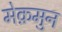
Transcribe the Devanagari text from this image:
मेक़मुन